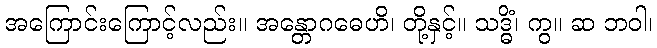
အကြောင်းကြောင့်လည်း။ အန္တောဂဓေဟိ၊ တို့နှင့်။ သဒ္ဓိံ၊ ကွ။ ဆ ဘဝါ၊